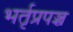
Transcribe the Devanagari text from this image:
भर्तृप्रपञ्च